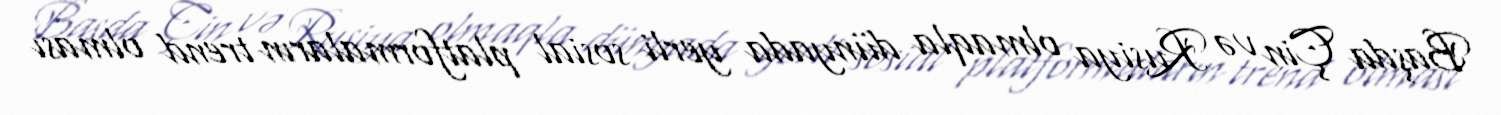
Başda Çin və Rusiya olmaqla dünyada yerli sosial platformaların trend olması